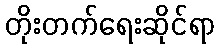
တိုးတက်ရေးဆိုင်ရာ